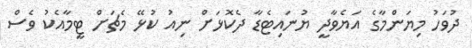
ދުވަހު މިޔަންމާގެ އަޔެވާދީ ޔުނައިޓެޑާ ދެކޮޅަށް ނިއު ކުޅޭ މެޗަށް ޓީމާއެކު ވެސް